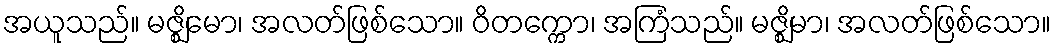
အယူသည်။ မဇ္ဈိမော၊ အလတ်ဖြစ်သော။ ဝိတက္ကော၊ အကြံသည်။ မဇ္ဈိမာ၊ အလတ်ဖြစ်သော။